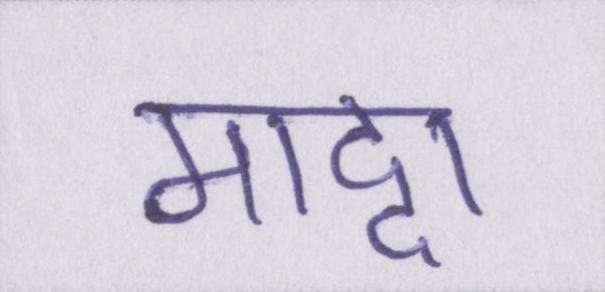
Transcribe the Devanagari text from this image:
माद्दा